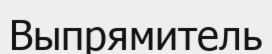
Выпрямитель